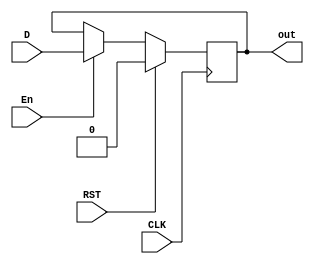
module FF_D(
    input CLK,RST,En,D,
    output reg out
    );
    always @(posedge CLK)
      if (RST) begin
         out <= 1'b0;
      end else if (En) begin
         out <= D;
      end
endmodule